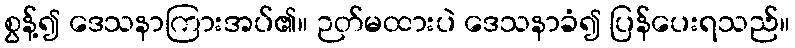
စွန့်၍ ဒေသနာကြားအပ်၏။ ဉတ်မထားပဲ ဒေသနာခံ၍ ပြန်ပေးရသည်။